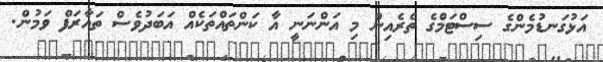
އަޅުގަނޑުމެންގެ ސިސްޓަމްގެ ތެރެއިން މި އަންނަނީ އާ ކަންތައްތަކެއް އަބަދުވެސް ތައާރަފް ވަމުން.